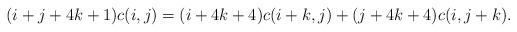
\begin{align*}(i+j+4k+1)c(i,j)=(i+4k+4)c(i+k,j)+(j+4k+4)c(i,j+k).\end{align*}